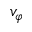
v _ { \varphi }